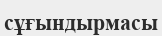
сұғындырмасы